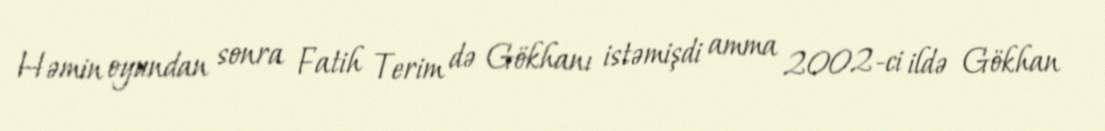
Həmin oyundan sonra Fatih Terim də Gökhanı istəmişdi amma 2002-ci ildə Gökhan